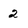
Character: 2